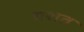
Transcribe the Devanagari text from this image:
गशत